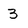
Character: 3